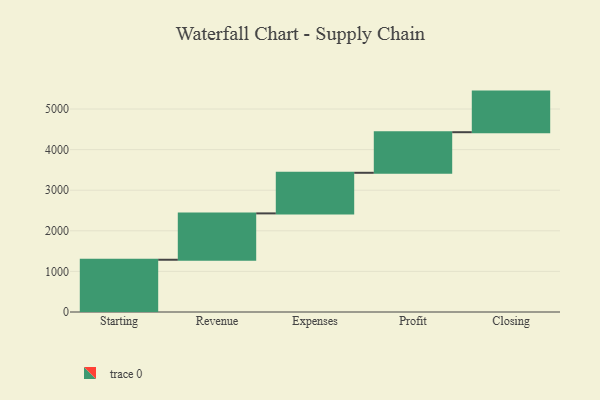
{"axis": {"x": "Step", "y": "Value"}, "legend": [""], "data": [{"x": "Starting", "y": 1287.0, "type": ""}, {"x": "Revenue", "y": 1142.0, "type": ""}, {"x": "Expenses", "y": 1000, "type": ""}, {"x": "Profit", "y": 1000, "type": ""}, {"x": "Closing", "y": 1000, "type": ""}]}